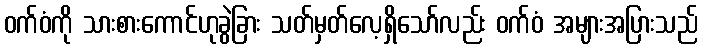
ဝက်ဝံကို သားစားကောင်ဟုခွဲခြား သတ်မှတ်လေ့ရှိသော်လည်း ဝက်ဝံ အများအပြားသည်